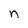
Character: n